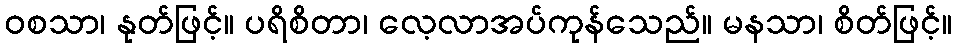
ဝစသာ၊ နုတ်ဖြင့်။ ပရိစိတာ၊ လေ့လာအပ်ကုန်သေည်။ မနသာ၊ စိတ်ဖြင့်။